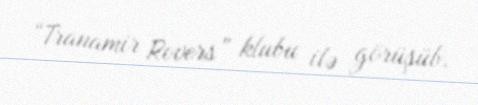
“Tranamir Rovers” klubu ilə görüşüb.